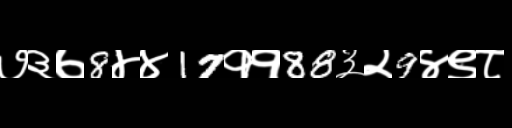
Text: ७३७8४४17११88३२9४९८